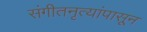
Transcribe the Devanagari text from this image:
संगीतनृत्यांपासून